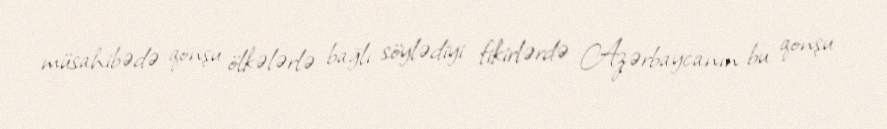
müsahibədə qonşu ölkələrlə bağlı söylədiyi fikirlərdə Azərbaycanın bu qonşu